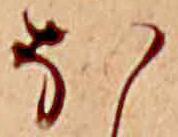
ほ